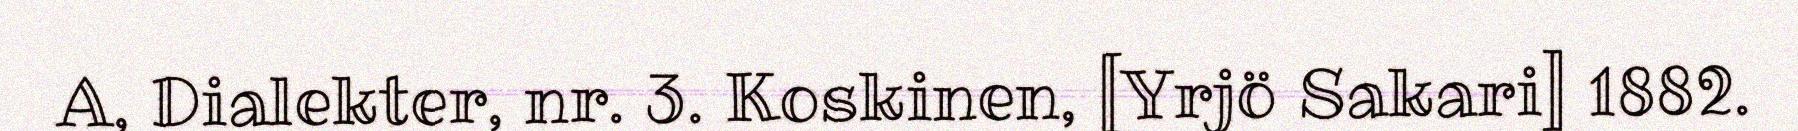
A, Dialekter, nr. 3. Koskinen, [Yrjö Sakari] 1882.